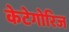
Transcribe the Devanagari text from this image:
केटेगोरिज